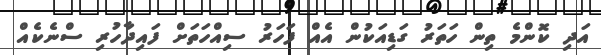
އަދި ކޮންމެ ތިން ހަތަރު ގަޑިއަކުން އެއް ފަހަރު ސިއްހަތަށް ފައިދާހުރި ސްނެކެއް